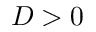
D > 0